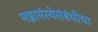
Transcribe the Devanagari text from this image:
मज्जासंस्थेसंबंधीचा